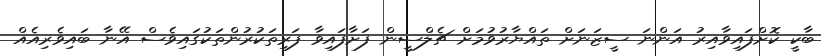
ބާކީ ކޮށްފައިވާއިރު އަންނަ ސީޒަނަށް ތައްޔާރުވުމަށް ޗެލްސީން ފަށާފައިވާ ފަރިތަކުރުންތަކުގައިވެސް އޭނާ ބައިވެރިއެއް